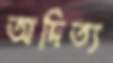
অদিত্য